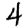
Digit: 4